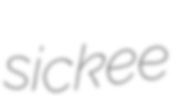
sickee